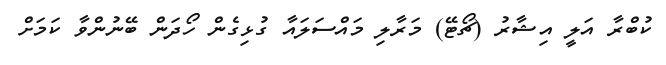
ކުބްރާ އަލީ އިޝާރު (ޗޯޓޭ) މަރާލި މައްސަލައާ ގުޅިގެން ހޯދަން ބޭނުންވާ ކަމަށް